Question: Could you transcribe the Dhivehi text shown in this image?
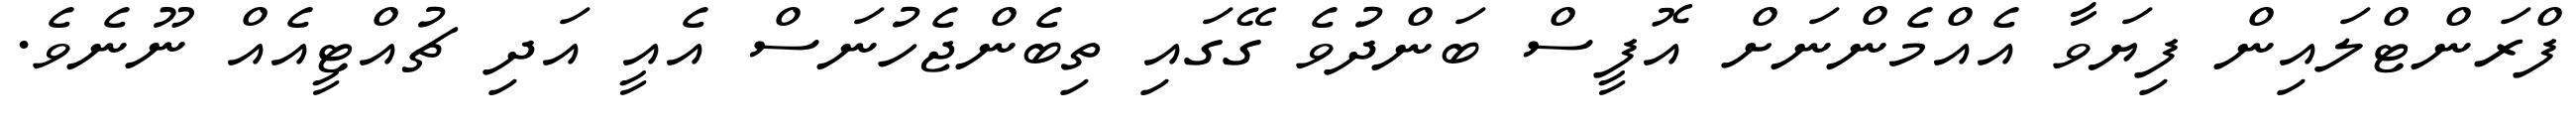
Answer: ފްރަންޓްލައިން ފިޔަވާ އެއްމެންނަށް އޮފީސް ބަންދުވެ ގޭގައި ތިބެންޖެހުނަސް އެއީ އަދި ޗުއްޓީއެއް ނޫނެވެ.